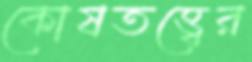
কোষতত্ত্বের